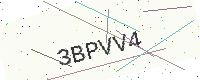
Text: 3BPVV4